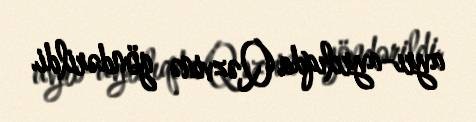
ayrı-ayrılıqda Qəzvinə göndərildi.